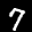
Label: 7